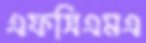
এফসিএমএ